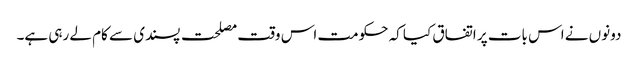
دونوں نے اس بات پر اتفاق کیا کہ حکومت اس وقت مصلحت پسندی سے کام لے رہی ہے۔